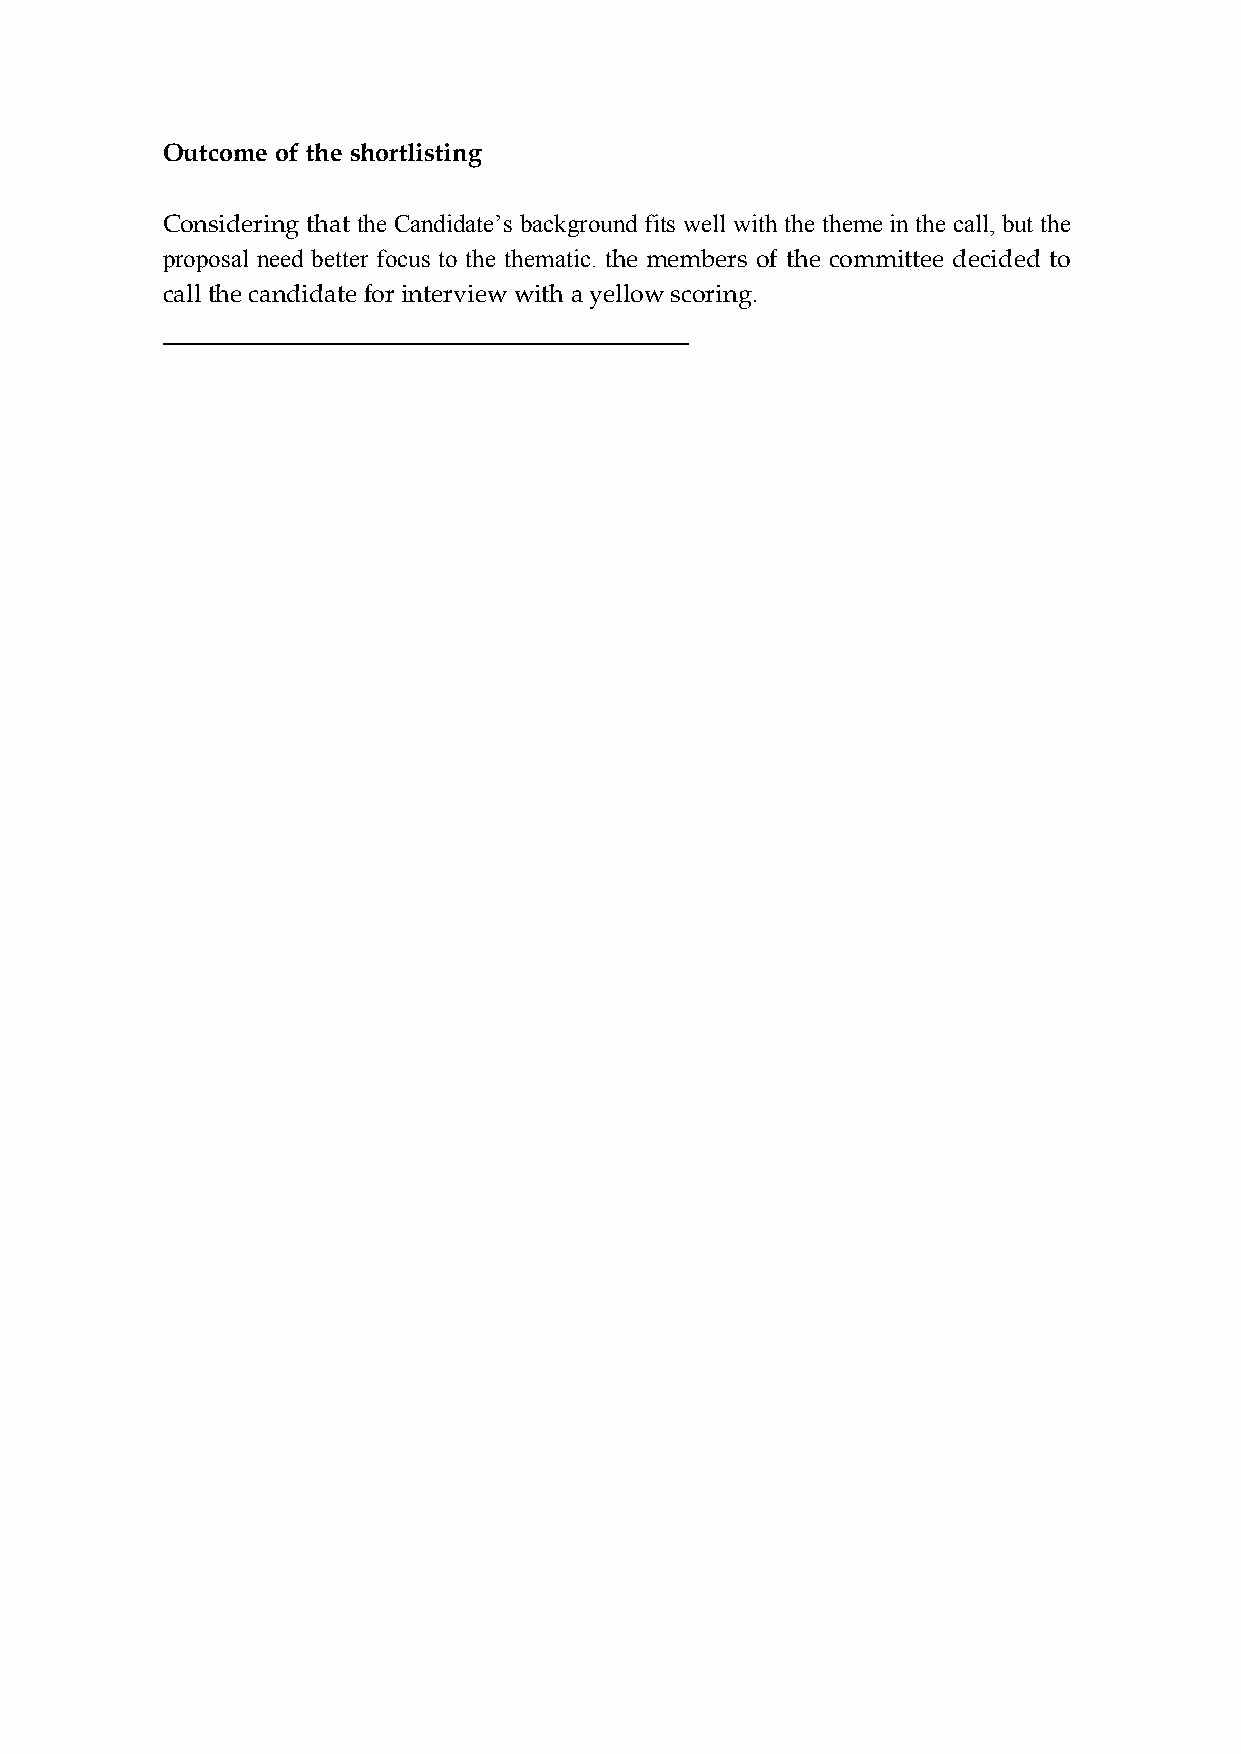
Outcome of the shortlisting
 Considering that the Candidate’s background fits well with the theme in the call, but the
 proposal need better focus to the thematic. the members of the committee decided to
 call the candidate for interview with a yellow scoring.
 ____________________________________